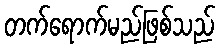
တက်ရောက်မည်ဖြစ်သည်